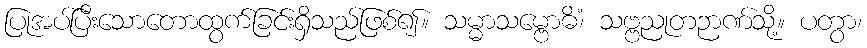
ပြုအပ်ပြီးသောတောထွက်ခြင်းရှိသည်ဖြစ်၍။ သမ္မာသမ္ဗောဓိံ၊ သဗ္ဗညုတဉာဏ်သို့။ ပတွာ၊